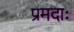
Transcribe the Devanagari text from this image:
प्रमदाः